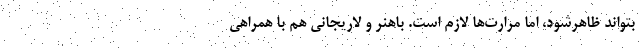
بتواند ظاهرشود، اما مرارت‌ها لازم است. باهنر و لاریجانی هم با همراهی